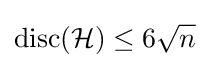
\operatorname {disc} ({\mathcal {H}})\leq 6{\sqrt {n}}